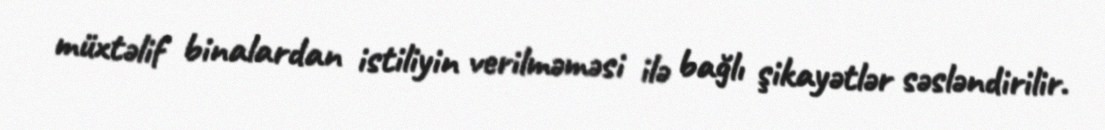
müxtəlif binalardan istiliyin verilməməsi ilə bağlı şikayətlər səsləndirilir.